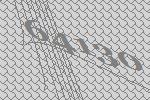
64130